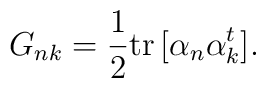
G_{nk}={1\over 2}{\rm tr}\, [\alpha_n\alpha^t_k].